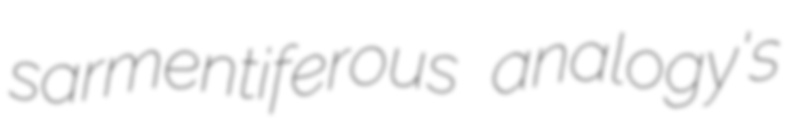
sarmentiferous analogy's